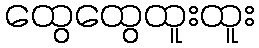
ထွေထွေထူးထူး